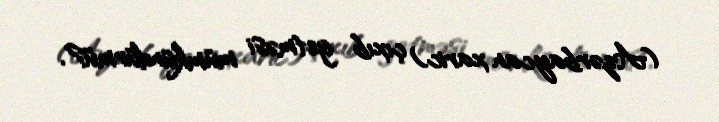
(Azərbaycan xaric) çıxıb getməsi mümkündürmü?.